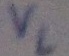
Text: VL